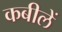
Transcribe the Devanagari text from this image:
कबीलें